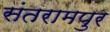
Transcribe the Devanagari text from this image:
संतरामपुर